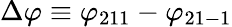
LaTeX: \Delta\varphi\equiv\varphi_{211}-\varphi_{21-1}